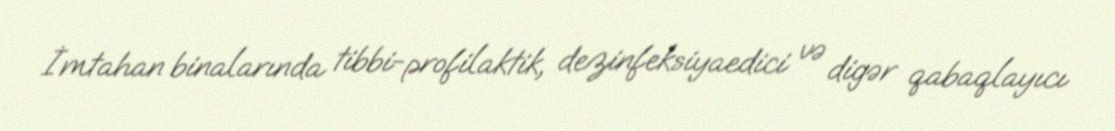
İmtahan binalarında tibbi-profilaktik, dezinfeksiyaedici və digər qabaqlayıcı